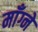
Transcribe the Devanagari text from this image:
माँग्ने